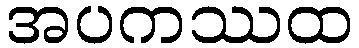
အပကဿထ